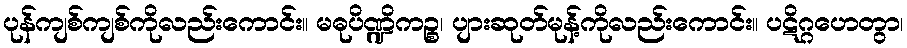
ပုန်ကျစ်ကျစ်ကိုလည်းကောင်း။ မဓုပိဏ္ဍိကဉ္စ၊ ပျားဆုတ်မုန့်ကိုလည်းကောင်း။ ပဋိဂ္ဂဟေတွာ၊